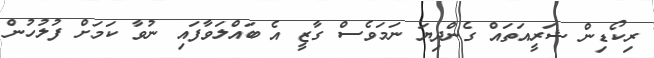
ރިކޯޑިން ޝަރީއަތައް ގެންދިޔަ ނަމަވެސް ގާޒީ އެ ބައްލަވާފައި ނުވާ ކަމަށް ފުލުހުން